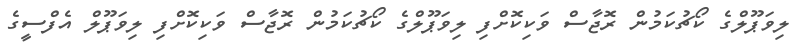
ލިވަޕޫލްގެ ކޯޗުކަމުން ރޮޖާސް ވަކިކޮށްފި ލިވަޕޫލްގެ ކޯޗުކަމުން ރޮޖާސް ވަކިކޮށްފި ލިވަޕޫލް އެފްސީގެ